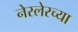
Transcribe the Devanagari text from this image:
नेस्लेरच्या